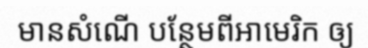
មានសំណើ បន្ថែមពីអាមេរិក ឲ្យ